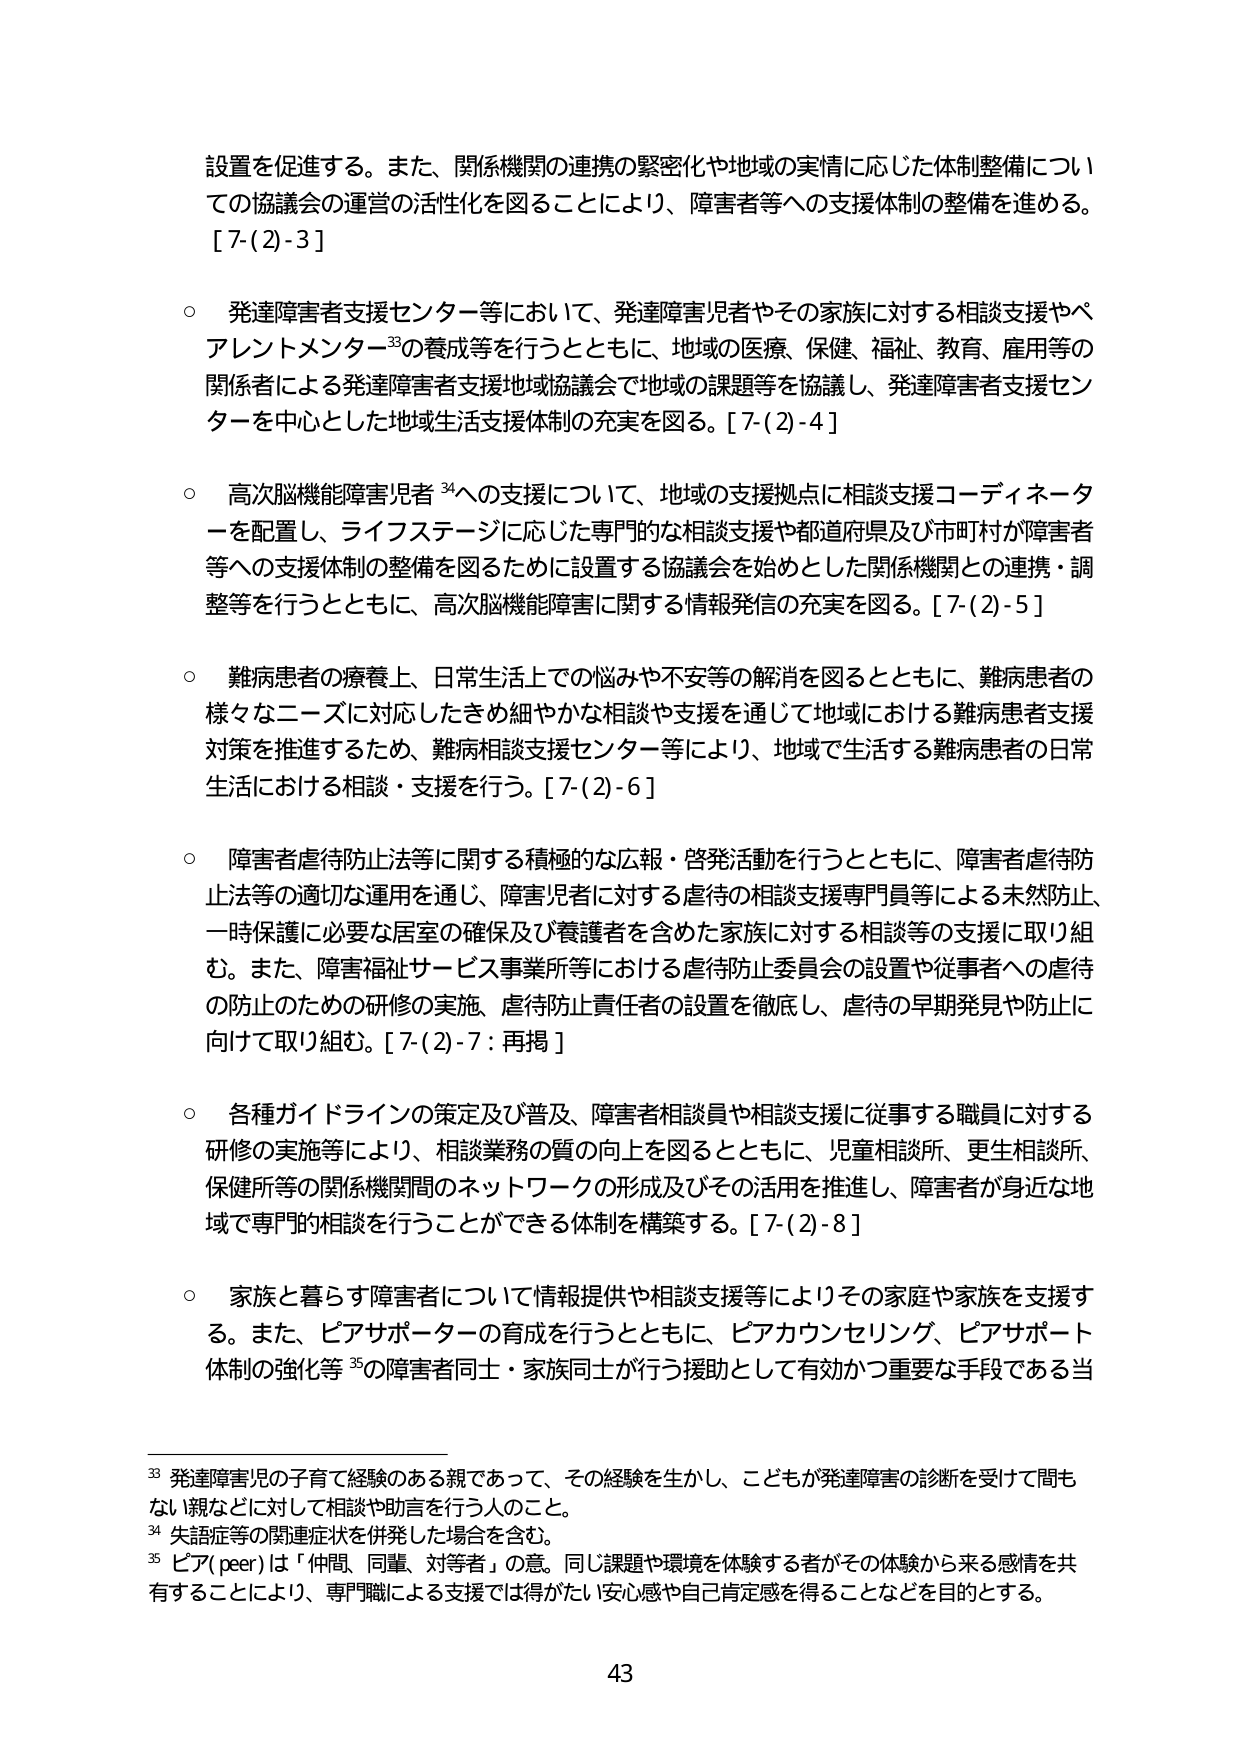
設置を促進する。また、関係機関の連携の緊密化や地域の実情に応じた体制整備についての協議会の運営の活性化を図ることにより、障害者等への支援体制の整備を進める。[7-(2)-3]

○ 発達障害者支援センター等において、発達障害児者やその家族に対する相談支援やペアレントメンター33の養成等を行うとともに、地域の医療、保健、福祉、教育、雇用等の関係者による発達障害者支援地域協議会で地域の課題等を協議し、発達障害者支援センターを中心とした地域生活支援体制の充実を図る。[7-(2)-4]

○ 高次脳機能障害児者34への支援について、地域の支援拠点に相談支援コーディネーターを配置し、ライフステージに応じた専門的な相談支援や都道府県及び市町村が障害者等への支援体制の整備を図るために設置する協議会を始めとした関係機関との連携・調整等を行うとともに、高次脳機能障害に関する情報発信の充実を図る。[7-(2)-5]

○ 難病患者の療養上、日常生活上での悩みや不安等の解消を図るとともに、難病患者の様々なニーズに対応したきめ細やかな相談や支援を通じて地域における難病患者支援対策を推進するため、難病相談支援センター等により、地域で生活する難病患者の日常生活における相談・支援を行う。[7-(2)-6]

○ 障害者虐待防止法等に関する積極的な広報・啓発活動を行うとともに、障害者虐待防止法等の適切な運用を通じ、障害児者に対する虐待の相談支援専門員等による未然防止、一時保護に必要な居室の確保及び養護者を含めた家族に対する相談等の支援に取り組む。また、障害福祉サービス事業所等における虐待防止委員会の設置や従事者への虐待の防止のための研修の実施、虐待防止責任者の設置を徹底し、虐待の早期発見や防止に向けて取り組む。[7-(2)-7：再掲]

○ 各種ガイドラインの策定及び普及、障害者相談員や相談支援に従事する職員に対する研修の実施等により、相談業務の質の向上を図るとともに、児童相談所、更生相談所、保健所等の関係機関間のネットワークの形成及びその活用を推進し、障害者が身近な地域で専門的相談を行うことができる体制を構築する。[7-(2)-8]

○ 家族と暮らす障害者について情報提供や相談支援等によりその家庭や家族を支援する。また、ピアサポーターの育成を行うとともに、ピアカウンセリング、ピアサポート体制の強化等35の障害者同士・家族同士が行う援助として有効かつ重要な手段である当

33 発達障害児の子育て経験のある親であって、その経験を生かし、こどもが発達障害の診断を受けて間もない親などに対して相談や助言を行う人のこと。
34 失語症等の関連症状を併発した場合を含む。
35 ピア(peer)は「仲間、同輩、対等者」の意。同じ課題や環境を体験する者がその体験から来る感情を共有することにより、専門職による支援では得がたい安心感や自己肯定感を得ることなどを目的とする。

43